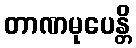
တာဏမုပေန္တိ